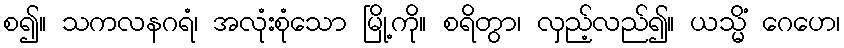
စ၍။ သကလနဂရံ၊ အလုံးစုံသော မြို့ကို။ စရိတွာ၊ လှည့်လည်၍။ ယသ္မိံ ဂေဟေ၊